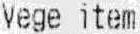
VEGE ITEM